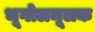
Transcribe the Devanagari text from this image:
भूगोलमूलक